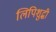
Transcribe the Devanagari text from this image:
लिपिशुद्धी